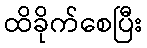
ထိခိုက်စေပြီး